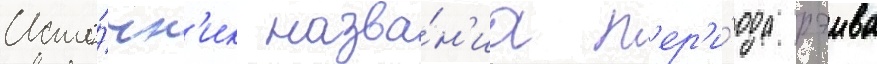
Исто́чн'ик назва́н'иа п'ер'и́ода рэива